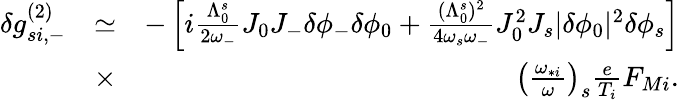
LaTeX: \begin{array}{rlr}{\delta g_{si,-}^{(2)}}&{\simeq}&{-\left[i\frac{\Lambda_{0}^{s}}{2\omega_{-}}J_{0}J_{-}\delta\phi_{-}\delta\phi_{0}+\frac{(\Lambda_{0}^{s})^{2}}{4\omega_{s}\omega_{-}}J_{0}^{2}J_{s}|\delta\phi_{0}|^{2}\delta\phi_{s}\right]}\\ &{\times}&{\left(\frac{\omega_{*i}}{\omega}\right)_{s}\frac{e}{T_{i}}F_{Mi}.}\end{array}